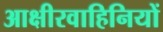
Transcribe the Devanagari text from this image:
आक्षीरवाहिनियों